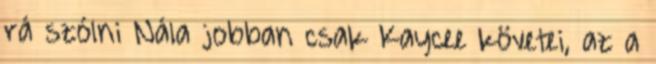
rá szólni Nála jobban csak Kaycee követei, az a